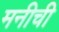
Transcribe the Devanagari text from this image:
मनीची